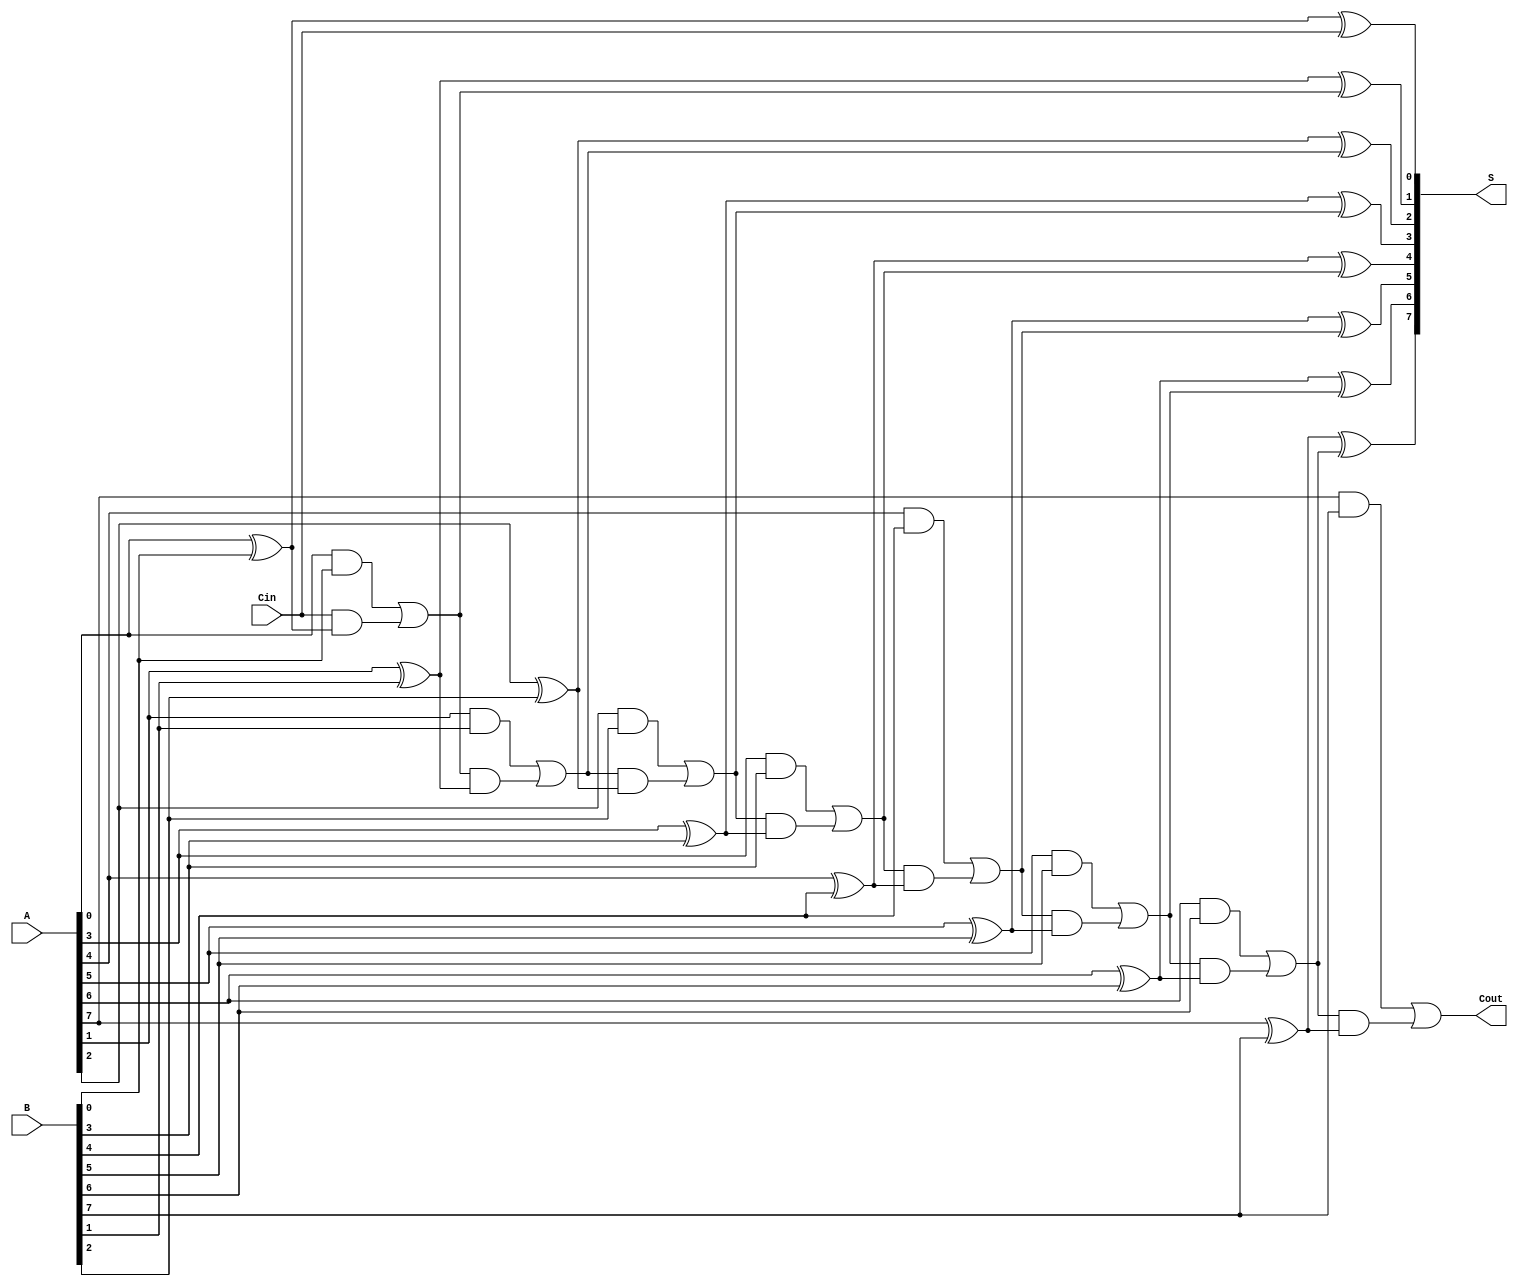
module PrecomputationCarryAdder #(parameter N = 8) (
    input  wire [N-1:0] A,      // First n-bit input
    input  wire [N-1:0] B,      // Second n-bit input
    input  wire Cin,             // Carry-in
    output wire [N-1:0] S,       // n-bit sum output
    output wire Cout             // Carry-out
);

    // Internal wire for carry bits
    wire [N:0] C; // C[0] = Cin, C[N] = Cout

    // Generate carry bits using the carry propagation logic
    assign C[0] = Cin;

    genvar i;
    generate
        for (i = 0; i < N; i = i + 1) begin : carry_gen
            assign C[i + 1] = (A[i] & B[i]) | (C[i] & (A[i] ^ B[i]));
        end
    endgenerate

    // Calculate sum bits
    generate
        for (i = 0; i < N; i = i + 1) begin : sum_gen
            assign S[i] = A[i] ^ B[i] ^ C[i];
        end
    endgenerate

    // Assign carry-out
    assign Cout = C[N];

endmodule